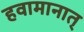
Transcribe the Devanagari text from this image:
हवामानात्